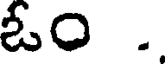
ఓం .